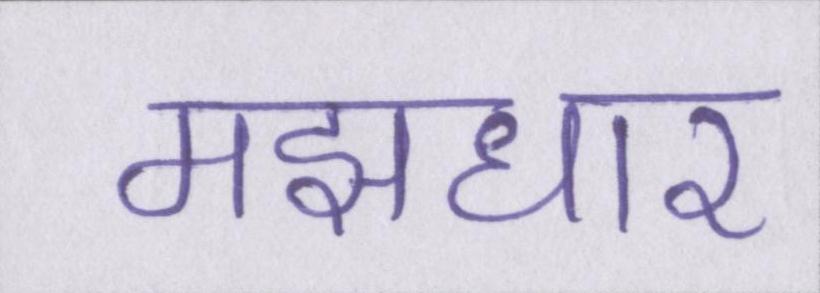
मझधार